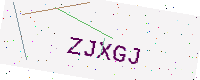
Text: ZJXGJ